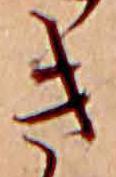
き